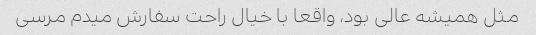
مثل همیشه عالی بود، واقعا با خیال راحت سفارش میدم مرسی